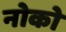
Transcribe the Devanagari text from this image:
नोको